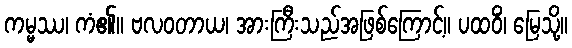
ကမ္မဿ၊ ကံ၏။ ဗလဝတာယ၊ အားကြီးသည်အဖြစ်ကြောင့်။ ပထဝိံ၊ မြေသို့။